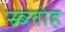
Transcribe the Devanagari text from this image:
स्र्ब्लोह